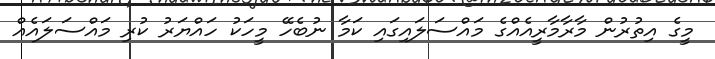
މީގެ އިތުރުން މާރާމާރީއެއްގެ މައްސަލައިގައި ކަމާ ނުބެހޭ މީހަކު ހައްޔަރު ކުރި މައްސަލައެއް